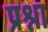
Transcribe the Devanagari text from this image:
प्रश्ना